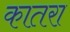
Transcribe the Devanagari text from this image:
कातरा